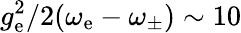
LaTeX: g_{\mathrm{e}}^{2}/2(\omega_{\mathrm{e}}-\omega_{\pm})\sim 10